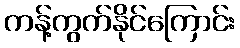
ကန့်ကွက်နိုင်ကြောင်း